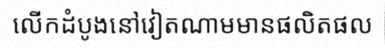
លើកដំបូងនៅវៀតណាមមានផលិតផល